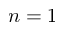
n = 1